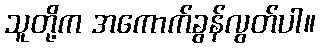
သူတို့က အကောက်ခွန်လွတ်ပါ။